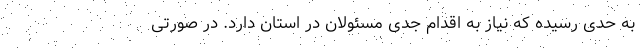
به حدی رسیده که نیاز به اقدام جدی مسئولان در استان دارد. در صورتی